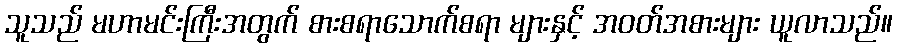
သူသည် မဟာမင်းကြီးအတွက် စားစရာသောက်စရာ များနှင့် အဝတ်အစားများ ယူလာသည်။